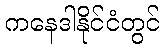
ကနေဒါနိုင်ငံတွင်